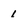
Character: I